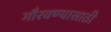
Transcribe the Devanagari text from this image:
गौरवण्यासाठी